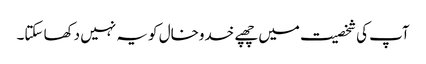
آپ کی شخصیت میں چھپے خدوخال کو یہ نہیں دکھا سکتا۔